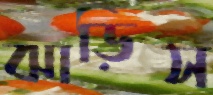
ঝাড়িস